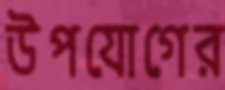
উপযোগের